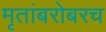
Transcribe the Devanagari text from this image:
मृतांबरोबरच